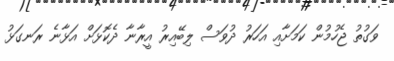
ވަގުތު ޖެހުމުން ކަމަށާއި އަހަރު ދުވަސް ލިބޭއިރު އީރާނާ ދެކޮޅަށް އަޅާނެ ރަނގަޅު